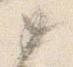
如